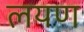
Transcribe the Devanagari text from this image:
लयण